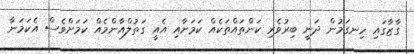
ގާޒާގައި ހިނގަމުން ދަނީ ބިރުވެރި ކަންތައްތަކެއް ކަމަށާއި އެއީ ގަތުލްއާންމެއް ކަމަށްވެސް އެކަމަނާ